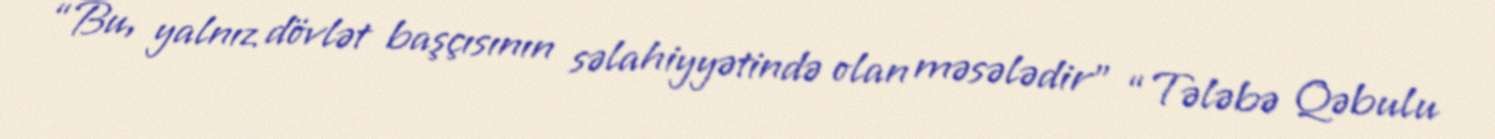
“Bu, yalnız dövlət başçısının səlahiyyətində olan məsələdir” “Tələbə Qəbulu